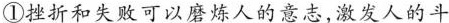
①挫折和失败可以磨炼人的意志，激发人的斗